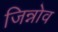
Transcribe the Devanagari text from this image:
जिन्नोव